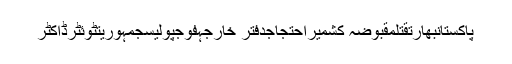
پاکستانبھارتقتلمقبوضہ کشمیراحتجاجدفتر خارجہفوجپولیسجمہوریتٹوئٹرڈاکٹر